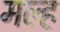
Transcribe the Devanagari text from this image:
मल्ह